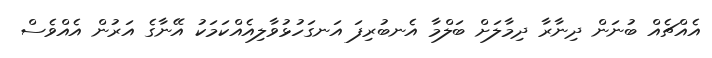
އެއްޗެއް ބުނަން ދިނާރާ ދިމާލަށް ބަލްމާ އެނބުރިފަ އަނގަހުޅުވާލިއެއްކަމަކު އޭނާގެ އަރުން އެއްވެސް